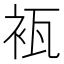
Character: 𮕰